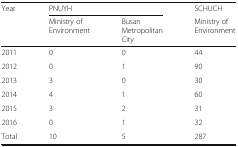
<table><thead><tr><td rowspan="2"><b>Year</b></td><td colspan="2"><b>PNUYH</b></td><td><b>SCHUCH</b></td></tr><tr><td><b>Ministry of Environment</b></td><td><b>Busan Metropolitan City</b></td><td><b>Ministry of Environment</b></td></tr></thead><tbody><tr><td>2011</td><td>0</td><td>0</td><td>44</td></tr><tr><td>2012</td><td>0</td><td>1</td><td>90</td></tr><tr><td>2013</td><td>3</td><td>0</td><td>30</td></tr><tr><td>2014</td><td>4</td><td>1</td><td>60</td></tr><tr><td>2015</td><td>3</td><td>2</td><td>31</td></tr><tr><td>2016</td><td>0</td><td>1</td><td>32</td></tr><tr><td>Total</td><td>10</td><td>5</td><td>287</td></tr></tbody></table>